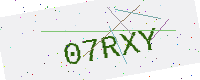
Text: 07RXY